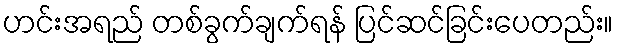
ဟင်းအရည် တစ်ခွက်ချက်ရန် ပြင်ဆင်ခြင်းပေတည်း။